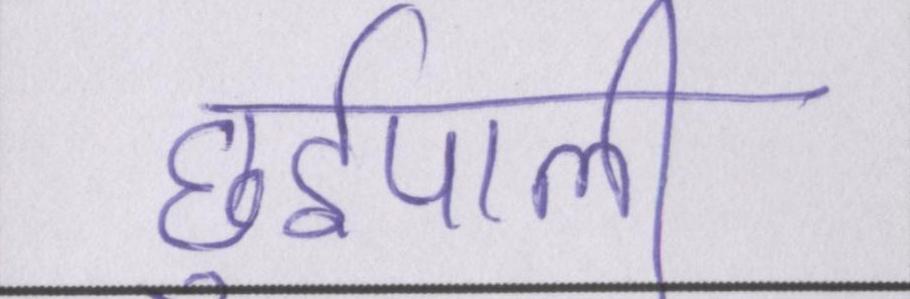
छुईपाली